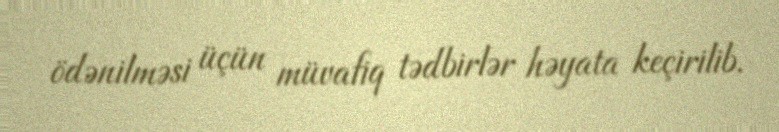
ödənilməsi üçün müvafiq tədbirlər həyata keçirilib.